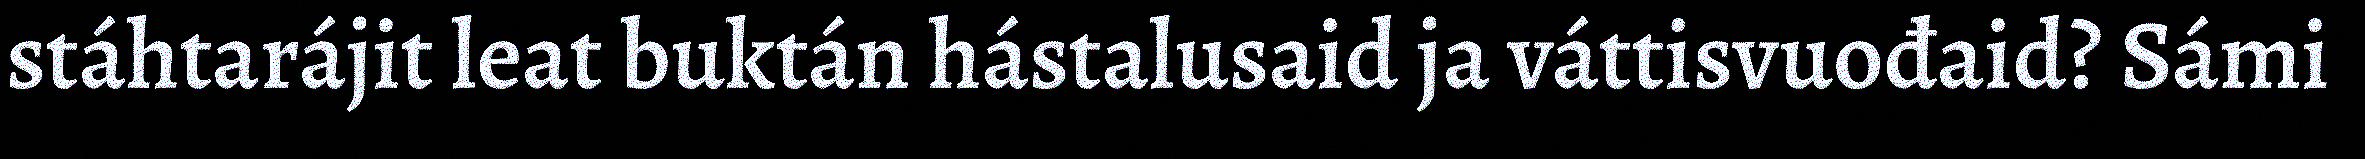
stáhtarájit leat buktán hástalusaid ja váttisvuođaid? Sámi